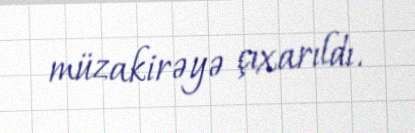
müzakirəyə çıxarıldı.